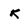
Character: K